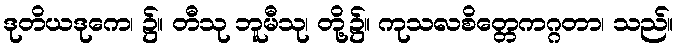
ဒုတိယဒုကေ၊ ၌။ တီသု ဘူမီသု၊ တို့၌။ ကုသလစိတ္တေကဂ္ဂတာ၊ သည်။